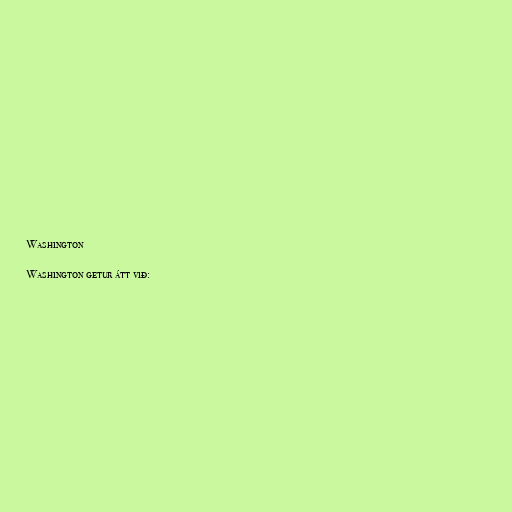
Washington

Washington getur átt við: